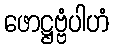
ဖောဋ္ဌဗ္ဗံပါဟံ